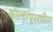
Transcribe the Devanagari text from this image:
कोल्हापूरस्थीत